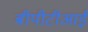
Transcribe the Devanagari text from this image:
बीपीटीआई